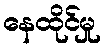
နေထိုင်မှု